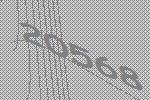
20568